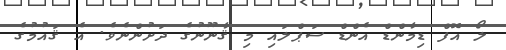
ލޯ އޮފް ޑިމާންޑް އެންޑް ސަޕްލައި މި ޤާނޫނުގެ ދަށުންނެވެ. އެ ޤައުމުގެ